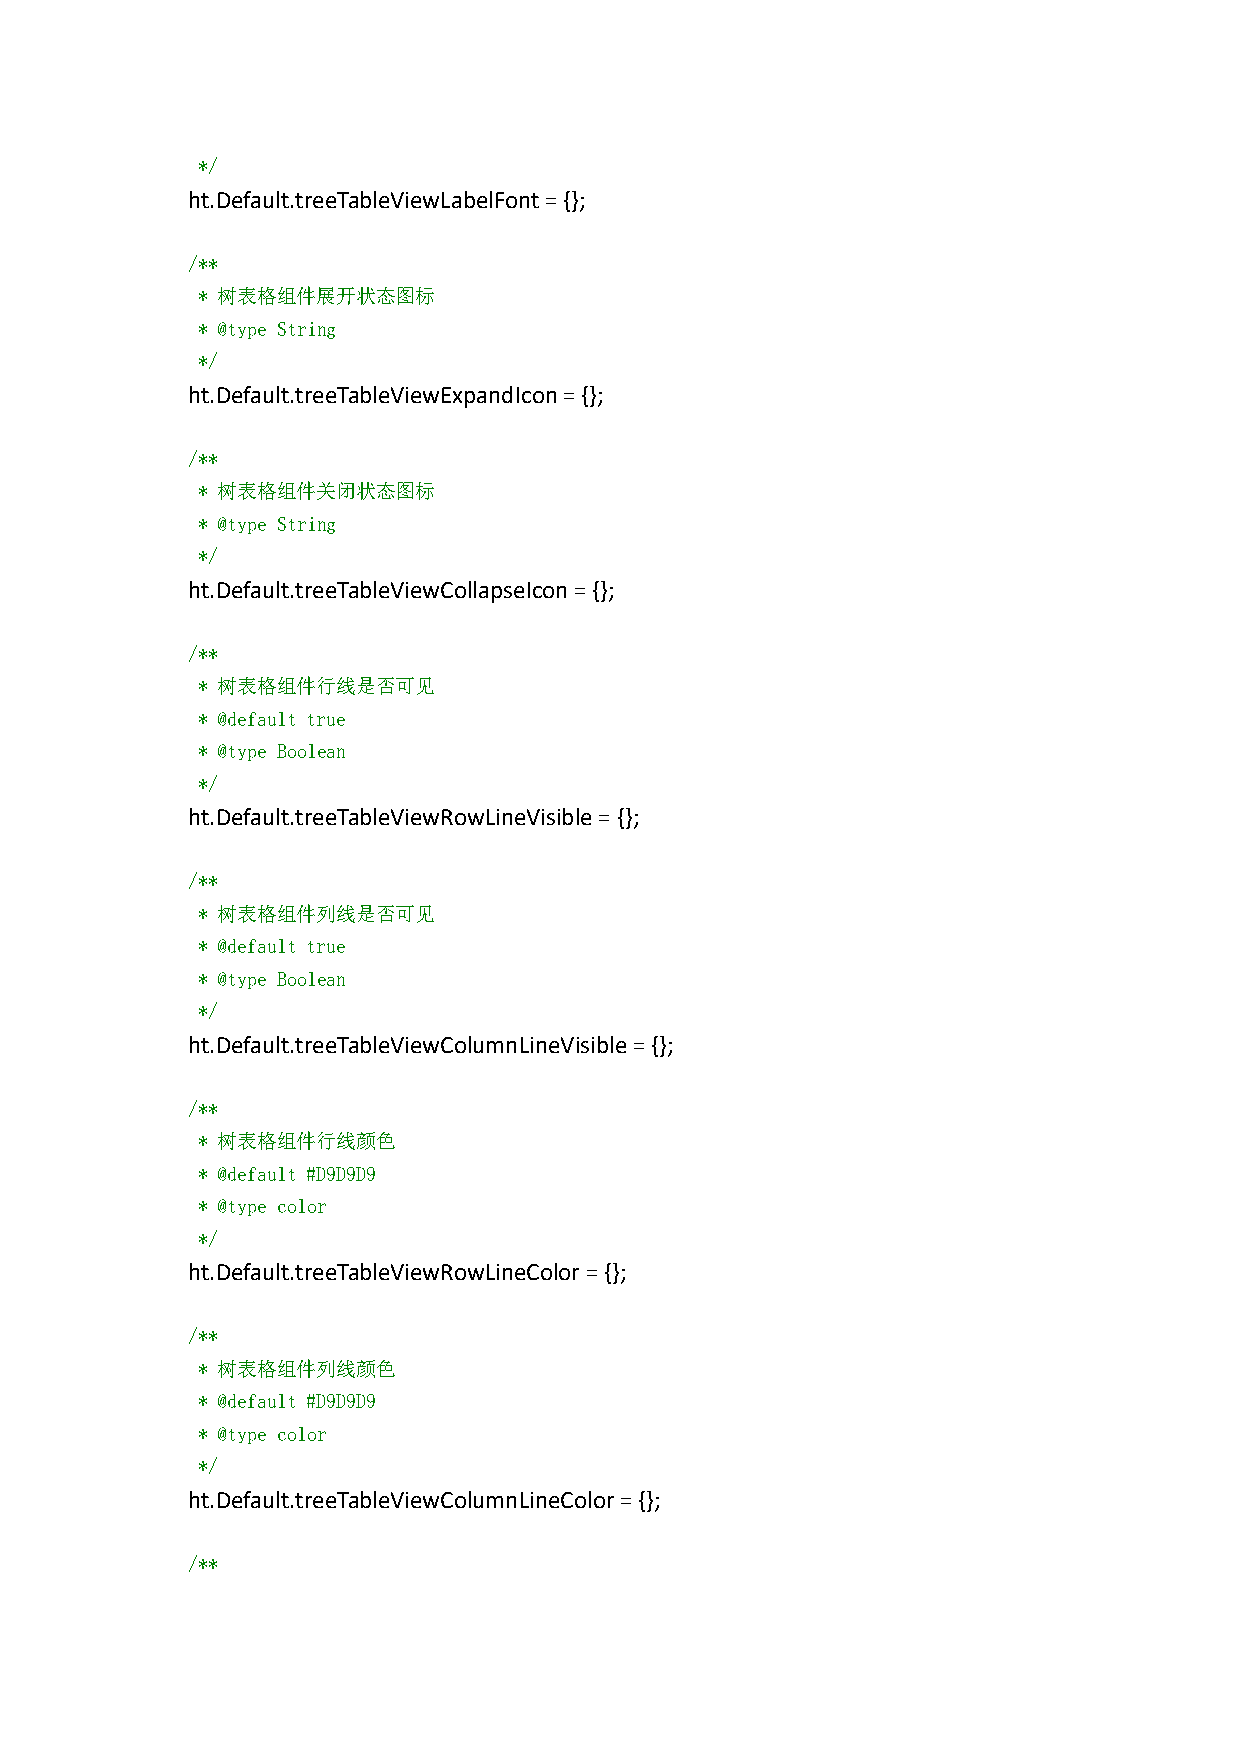
*/
 ht.Default.treeTableViewLabelFont={};
 /**
 * 树表格组件展开状态图标
 * @type String
 */
 ht.Default.treeTableViewExpandIcon={};
 /**
 * 树表格组件关闭状态图标
 * @type String
 */
 ht.Default.treeTableViewCollapseIcon={};
 /**
 * 树表格组件行线是否可见
 * @default true
 * @type Boolean
 */
 ht.Default.treeTableViewRowLineVisible={};
 /**
 * 树表格组件列线是否可见
 * @default true
 * @type Boolean
 */
 ht.Default.treeTableViewColumnLineVisible={};
 /**
 * 树表格组件行线颜色
 * @default #D9D9D9
 * @type color
 */
 ht.Default.treeTableViewRowLineColor={};
 /**
 * 树表格组件列线颜色
 * @default #D9D9D9
 * @type color
 */
 ht.Default.treeTableViewColumnLineColor={};
 /**